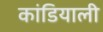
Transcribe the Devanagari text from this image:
कांडियाली